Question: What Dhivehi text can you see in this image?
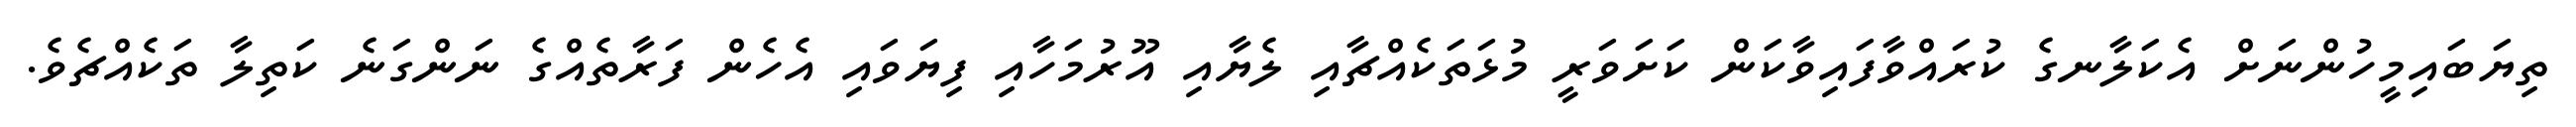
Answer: ތިޔަބައިމީހުންނަށް އެކަލާނގެ ކުރައްވާފައިވާކަން ކަށަވަރީ މުޅަތަކެއްޗާއި ލެޔާއި އޫރުމަހާއި ފިޔަވައި އެހެން ފަރާތެއްގެ ނަންގަނެ ކަތިލާ ތަކެއްޗެވެ.